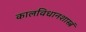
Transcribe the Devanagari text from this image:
कालविधानशास्त्रं